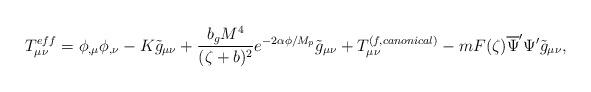
LaTeX: \begin{align*}T_{\mu\nu}^{eff}=\phi_{,\mu}\phi_{,\nu}-K\tilde{g}_{\mu\nu}+\frac{b_{g}M^{4}}{(\zeta +b)^{2}}e^{-2\alpha\phi/M_{p}}\tilde{g}_{\mu\nu}+T_{\mu\nu}^{(f,canonical)}-mF(\zeta)\overline{\Psi}^{\prime}\Psi^{\prime}\tilde{g}_{\mu\nu}, \end{align*}